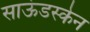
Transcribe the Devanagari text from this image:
साऊंडस्केन